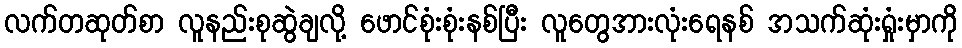
လက်တဆုတ်စာ လူနည်းစုဆွဲချလို့ ဖောင်စုံးစုံးနစ်ပြီး လူတွေအားလုံးရေနစ် အသက်ဆုံးရှုံးမှာကို